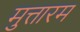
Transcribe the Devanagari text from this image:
मुत्तारम